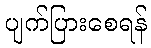
ပျက်ပြားစေရန်